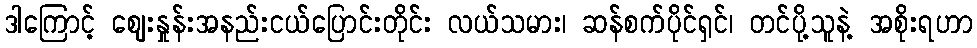
ဒါကြောင့် ဈေးနှုန်းအနည်းငယ်ပြောင်းတိုင်း လယ်သမား၊ ဆန်စက်ပိုင်ရှင်၊ တင်ပို့သူနဲ့ အစိုးရဟာ